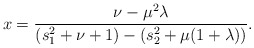
\begin{align*}x=\frac{\nu-\mu^2\lambda}{(s_1^2+\nu+1)-(s_2^2+\mu(1+\lambda))}.\end{align*}